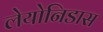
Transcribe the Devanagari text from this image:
लेयोनिडास